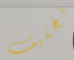
تخفيف